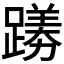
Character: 𫏟